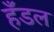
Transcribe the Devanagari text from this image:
हँडल